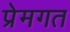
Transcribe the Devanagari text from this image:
प्रेमगत